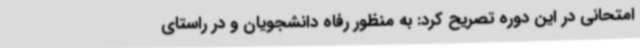
امتحانی در این دوره تصریح کرد: به منظور رفاه دانشجویان و در راستای